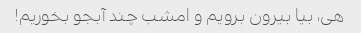
هی، بیا بیرون برویم و امشب چند آبجو بخوریم!